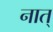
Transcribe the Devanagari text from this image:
नात्